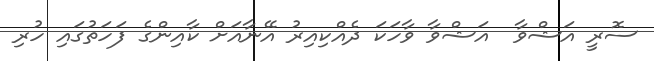
ސޮރީ އަޝްވާ  އަޝްވާ ވާހަކަ ދެއްކިއިރު އޭނާއަށް ކާއިންގެ ފަހަތުގައި ހުރި